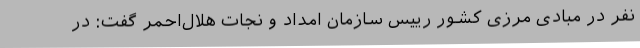
نفر در مبادی مرزی کشور رییس سازمان امداد و نجات هلال‌احمر گفت: در